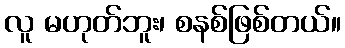
လူ မဟုတ်ဘူး၊ စနစ်ဖြစ်တယ်။